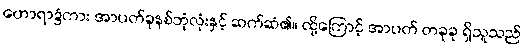
ဟောရာ၌ကား အာပတ်ခုနစ်ဘုံလုံးနှင့် ဆက်ဆံ၏။ ထို့ကြောင့် အာပတ် တခုခု ရှိသူသည်